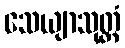
သေယျာသုတ္တံ